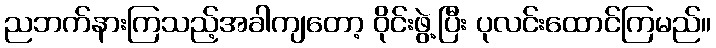
ညဘက်နားကြသည့်အခါကျတော့ ဝိုင်းဖွဲ့ပြီး ပုလင်းထောင်ကြမည်။